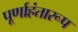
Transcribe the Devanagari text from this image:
पूर्णाहंतारूप